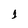
Character: 1